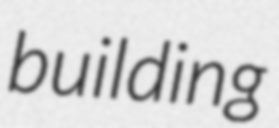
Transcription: building